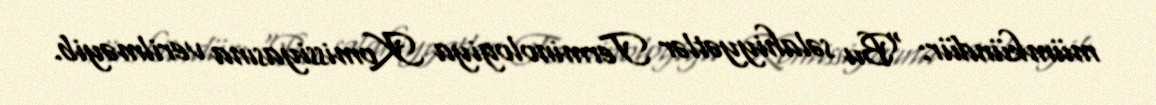
mümkündür: “Bu səlahiyyətlər Terminologiya Komissiyasına verilməyib.